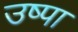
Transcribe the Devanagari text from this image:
उष्पा